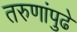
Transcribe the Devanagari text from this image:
तरुणांपुढे